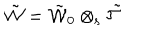
LaTeX: \tilde { \cal W } = \tilde { \cal W } _ { 0 } \otimes _ { \mathrm { s } } \tilde { { \cal T } }